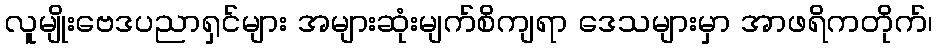
လူမျိုးဗေဒပညာရှင်များ အများဆုံးမျက်စိကျရာ ဒေသများမှာ အာဖရိကတိုက်၊